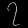
Digit: ၇